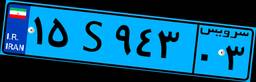
۱۵S۹۴۳۰۳